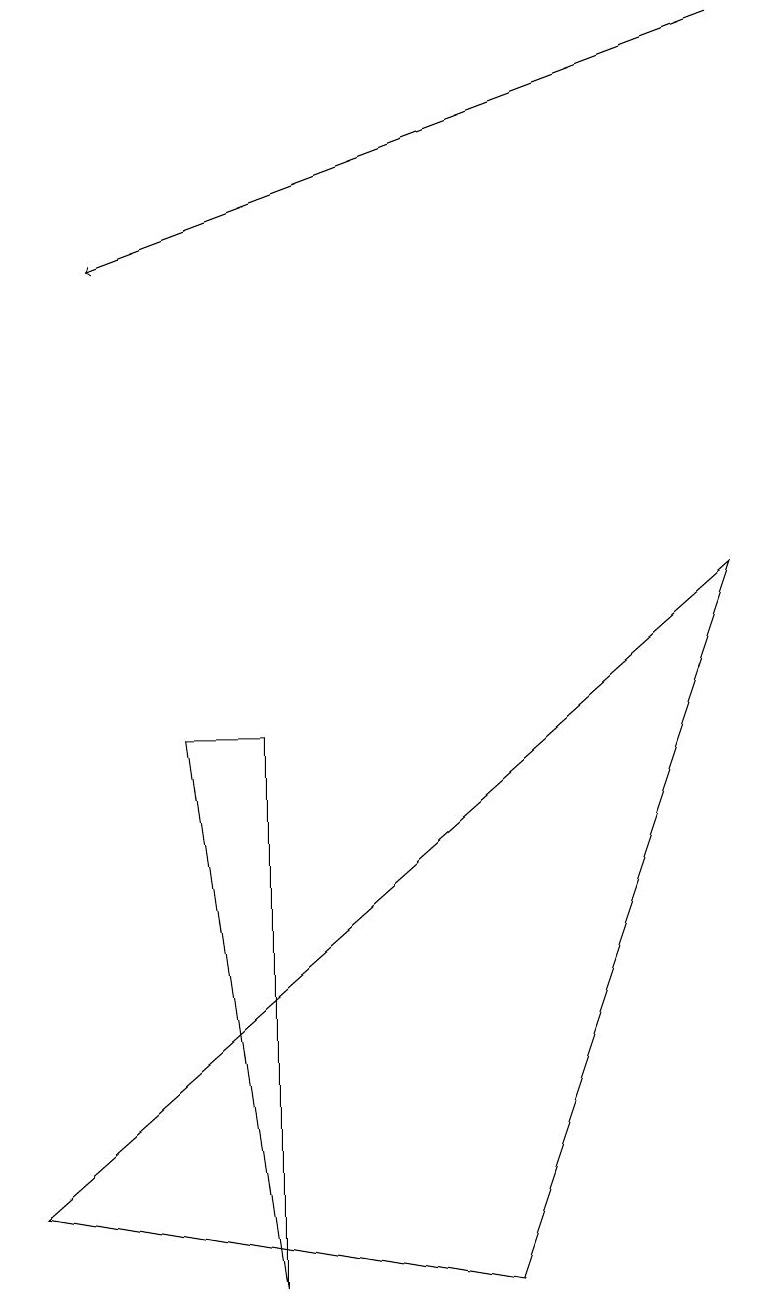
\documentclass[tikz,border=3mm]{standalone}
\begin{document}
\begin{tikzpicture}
\draw (3,0) -- (2,7) -- (3,7) -- cycle;
\draw (9,9) -- (6,0) -- (0,1) -- cycle;
\draw[->] (9,16) -- (1,13);
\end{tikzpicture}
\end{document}